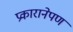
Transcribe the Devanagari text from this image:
प्रकारानेपण